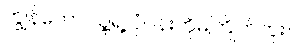
ကျွန်တော် သူ့ရဲ့ ပုံပန်းကိုမကြိုက်ဘူး။